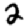
Digit: 2